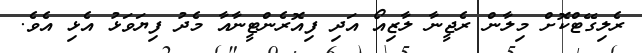
ރެލިގޭޓްކޮށް މިލާން ރެޖީނާ ލާޒިއޯ އަދި ފިއޮރެންޓީނާއާ މެދު ފިޔަވަޅު އެޅި އެވެ.